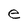
Character: e